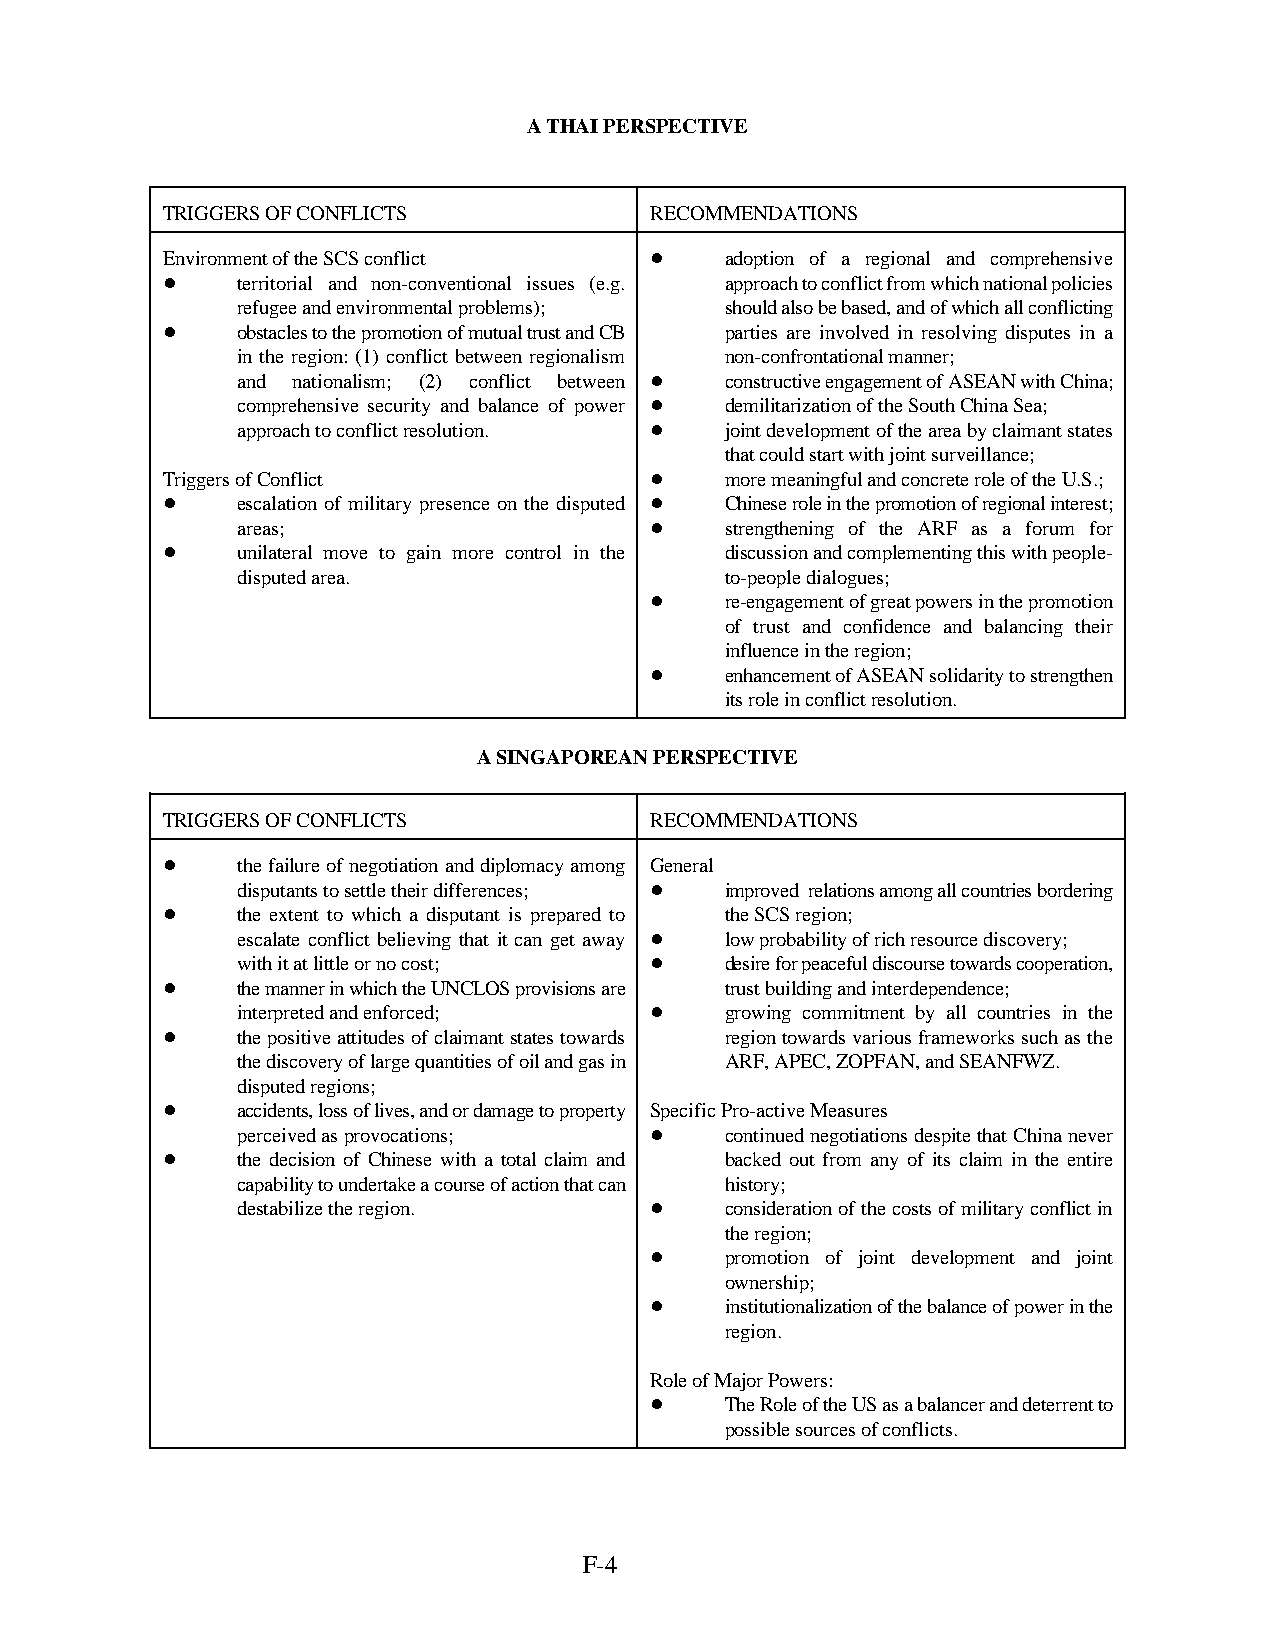
A THAI PERSPECTIVE
 TRIGGERS OF CONFLICTS           RECOMMENDATIONS
 Environment of the SCS conflict !    adoption of a regional and comprehensive
 !    territorial and non-conventional issues (e.g. approach to conflict from which national policies
 refugee and environmental problems); should also be based, and of which all conflicting
 !    obstacles to the promotion of mutual trust and CB parties are involved in resolving disputes in a
 in the region: (1) conflict between regionalism non-confrontational manner;
 and nationalism; (2) conflict between ! constructive engagement of ASEAN with China;
 comprehensive security and balance of power ! demilitarization of the South China Sea;
 approach to conflict resolution. ! joint development of the area by claimant states
 that could start with joint surveillance;
 Triggers of Conflict            !    more meaningful and concrete role of the U.S.;
 !    escalation of military presence on the disputed ! Chinese role in the promotion of regional interest;
 areas;                     !    strengthening of the ARF as a forum for
 !    unilateral move to gain more control in the discussion and complementing this with people-
 disputed area.                  to-people dialogues;
 !    re-engagement of great powers in the promotion
 of trust and confidence and balancing their
 influence in the region;
 !    enhancement of ASEAN solidarity to strengthen
 its role in conflict resolution.
 A SINGAPOREAN PERSPECTIVE
 TRIGGERS OF CONFLICTS           RECOMMENDATIONS
 !    the failure of negotiation and diplomacy among General
 disputants to settle their differences; ! improved relations among all countries bordering
 !    the extent to which a disputant is prepared to the SCS region;
 escalate conflict believing that it can get away ! low probability of rich resource discovery;
 with it at little or no cost; ! desire for peaceful discourse towards cooperation,
 !    the manner in which the UNCLOS provisions are trust building and interdependence;
 interpreted and enforced;  !    growing commitment by all countries in the
 !    the positive attitudes of claimant states towards region towards various frameworks such as the
 the discovery of large quantities of oil and gas in ARF, APEC, ZOPFAN, and SEANFWZ.
 disputed regions;
 !    accidents, loss of lives, and or damage to property Specific Pro-active Measures
 perceived as provocations; !    continued negotiations despite that China never
 !    the decision of Chinese with a total claim and backed out from any of its claim in the entire
 capability to undertake a course of action that can history;
 destabilize the region.    !    consideration of the costs of military conflict in
 the region;
 !    promotion of joint development and joint
 ownership;
 !    institutionalization of the balance of power in the
 region.
 Role of Major Powers:
 !    The Role of the US as a balancer and deterrent to
 possible sources of conflicts.
 F-4